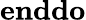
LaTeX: \textbf{enddo}